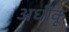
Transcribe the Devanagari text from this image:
अधीकू